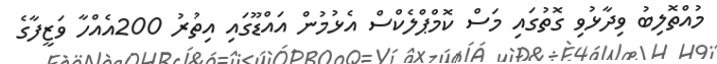
މުއްތޮލިބު ވިދާޅުވި ގޮތުގައި މަސް ކޮމްޕްލެކްސް އެޅުމުން އައްޑޫގައި އިތުރު 200އެއްހާ ވަޒީފާގެ